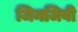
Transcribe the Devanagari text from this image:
जिनजिवी